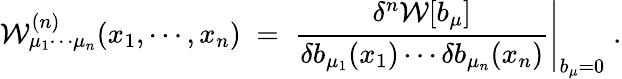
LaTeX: {\mathcal W}_{\mu_{1}\cdots\mu_{n}}^{(n)}(x_{1},\cdots,x_{n})\; =\; \left.\frac{\delta^{n}{\mathcal W}[b_{\mu}]}{\delta b_{\mu_{1}}(x_{1})\cdots\delta b_{\mu_{n}}(x_{n})}\right|_{b_{\mu}=0}\; .